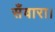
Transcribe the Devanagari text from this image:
सँवारा।